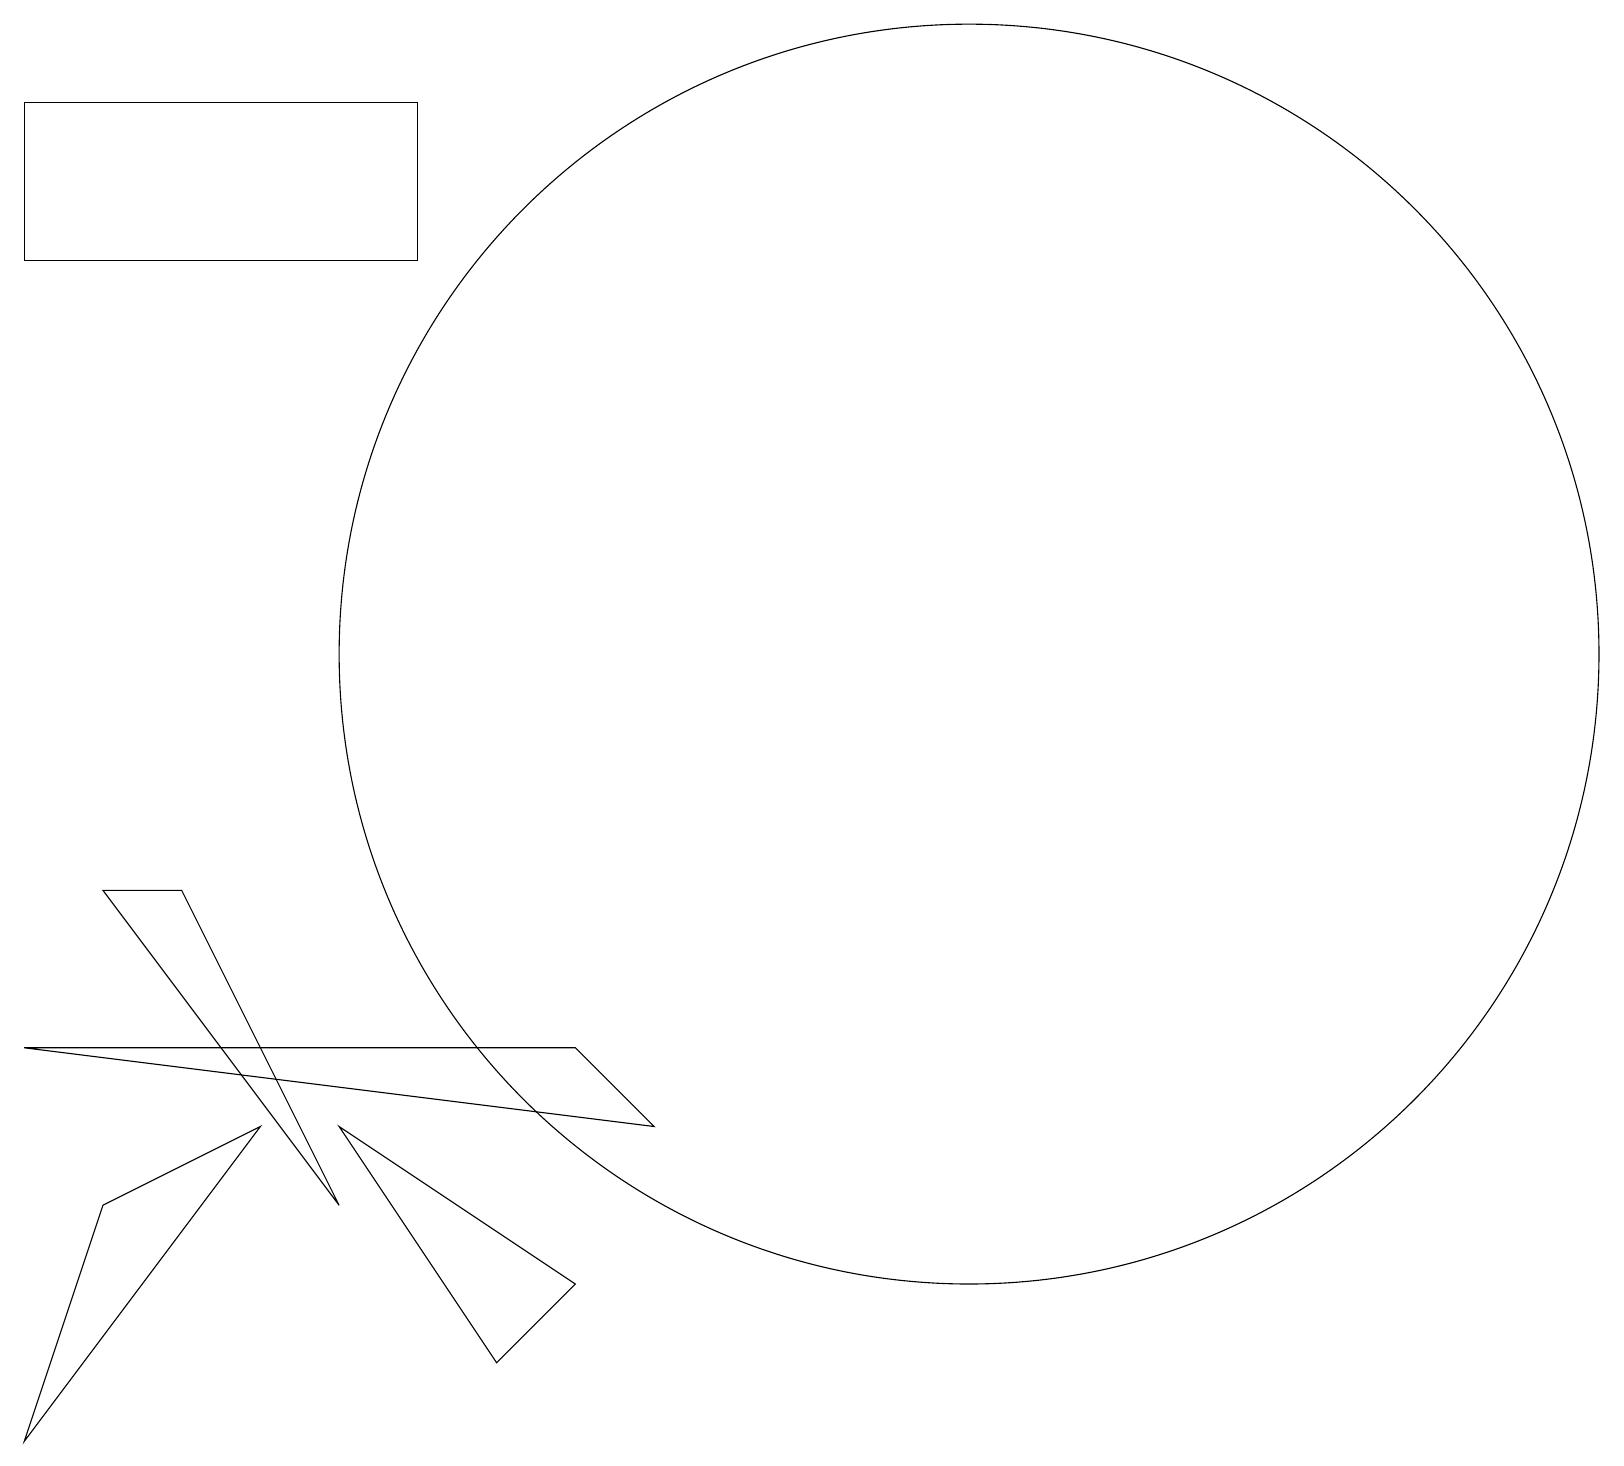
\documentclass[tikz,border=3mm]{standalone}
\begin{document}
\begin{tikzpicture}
\draw (12,12) circle (8);
\draw (1,9) -- (2,9) -- (4,5) -- cycle;
\draw (7,4) -- (6,3) -- (4,6) -- cycle;
\draw (5,19) rectangle (0,17);
\draw (0,2) -- (1,5) -- (3,6) -- cycle;
\draw (7,7) -- (8,6) -- (0,7) -- cycle;
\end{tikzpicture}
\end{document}